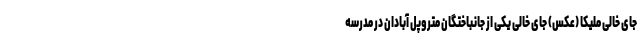
جای خالی ملیکا (عکس) جای خالی یکی از جانباختگان متروپل آبادان در مدرسه